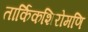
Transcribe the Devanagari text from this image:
तार्किकशिरोमणि